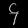
Digit: ၄